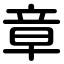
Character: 章